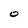
Character: 0